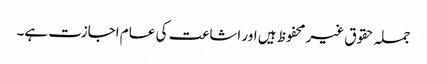
جملہ حقوق غیر محفوظ ہیں اور اشاعت کی عام اجازت ہے۔